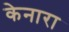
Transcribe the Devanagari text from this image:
केनारा